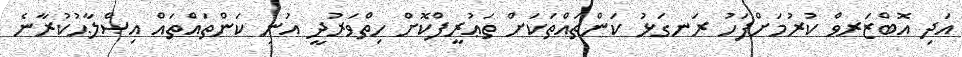
އަދި އޮބްޒަރވް ކުރުމަށްފަހު ރަނގަޅު ކަންތައްތަކަށް ތަޢުރީފްކޮށް ހިތްވަރުދީ އުނި ކަންތައްތައް އިޞްލާޙުކުރާނެ